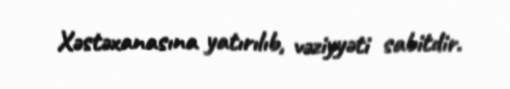
Xəstəxanasına yatırılıb, vəziyyəti sabitdir.